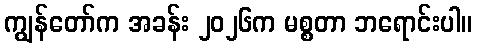
ကျွန်တော်က အခန်း ၂၀၂၆က မစ္စတာ ဘရောင်းပါ။